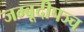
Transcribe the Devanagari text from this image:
जम्बूदीपञ्च